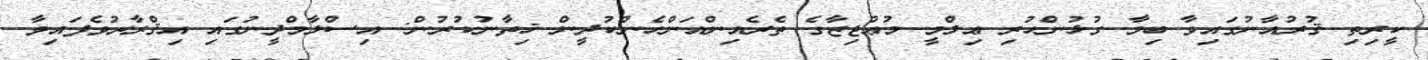
ކީރިތި ޤުރުއާނުގައިވާ ބިމާ ގުޅުންހުރި ޢިލްމީ މުޢުޖިޒާގެ ތެރެއިންއަންހެންކުދީން ޚިތާނުކުރުން: އިސްލާމްދީނުގައި އިޤްރާރުވެފައިވާ